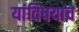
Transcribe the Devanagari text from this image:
यांविषयाचे